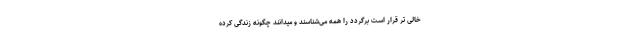
خالی تر قرار است برگردد را همه می‌شناسند و میدانند چگونه زندگی کرده